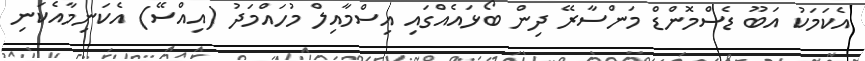
އެކަމަކު އަބޫ ޑެސްމޮންޑް މަންސާރޭ ދިން ބޯޅައެއްގައި އިސްމާއިލް މުހައްމަދު (އިއްސޭ) އެކަނިމާއެކަނި